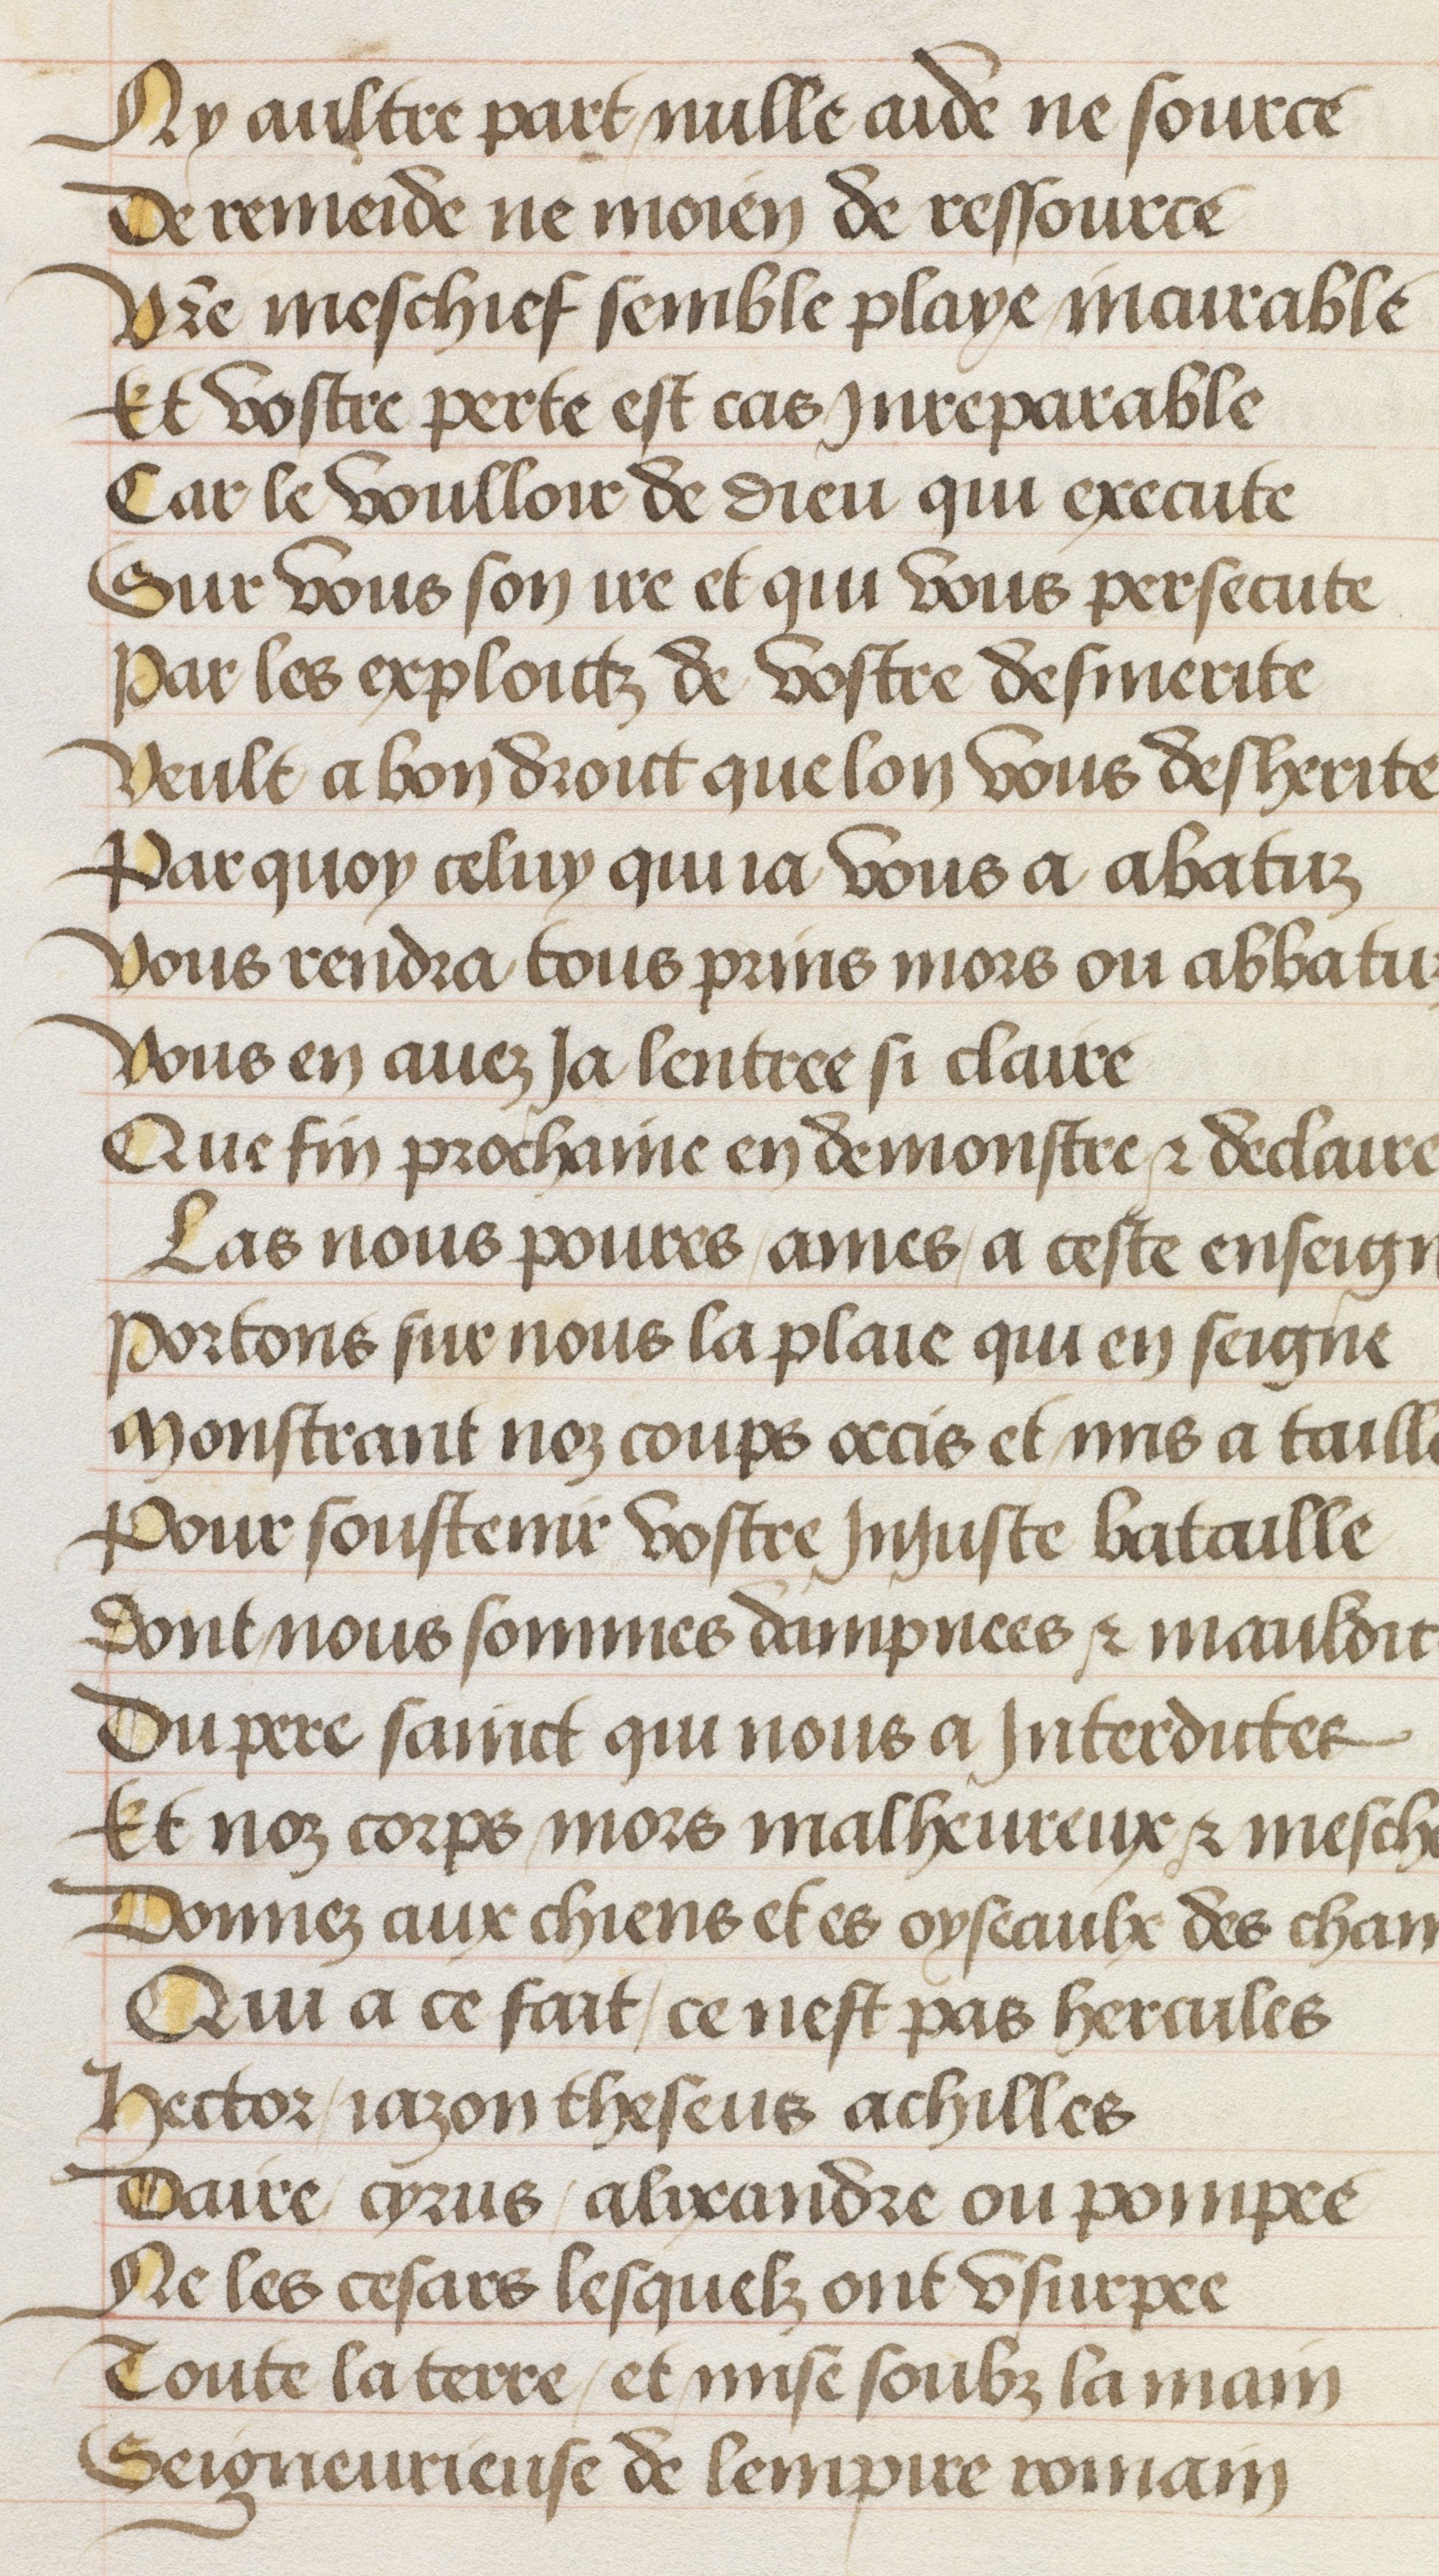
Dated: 1511–1515